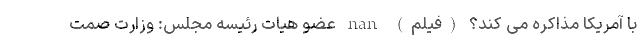
با آمریکا مذاکره می کند؟ (فیلم) nan عضو هیات رئیسه مجلس: وزارت صمت